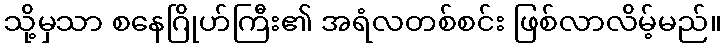
သို့မှသာ စနေဂြိုဟ်ကြီး၏ အရံလတစ်စင်း ဖြစ်လာလိမ့်မည်။